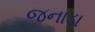
જનાડા